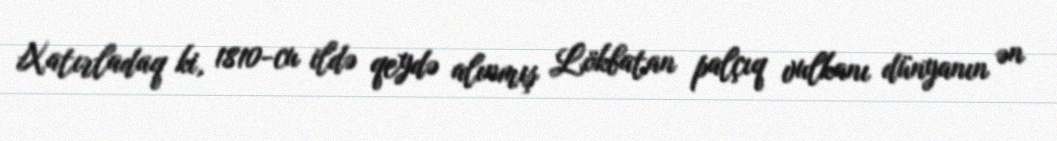
Xatırladaq ki, 1810-cu ildə qeydə alınmış Lökbatan palçıq vulkanı dünyanın ən